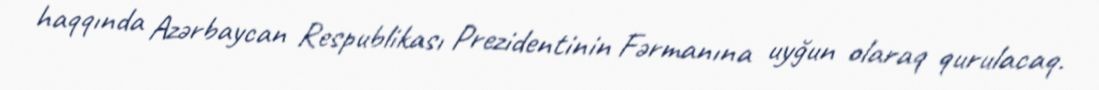
haqqında Azərbaycan Respublikası Prezidentinin Fərmanına uyğun olaraq qurulacaq.